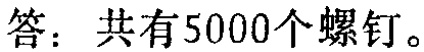
答：共有5000个螺钉。